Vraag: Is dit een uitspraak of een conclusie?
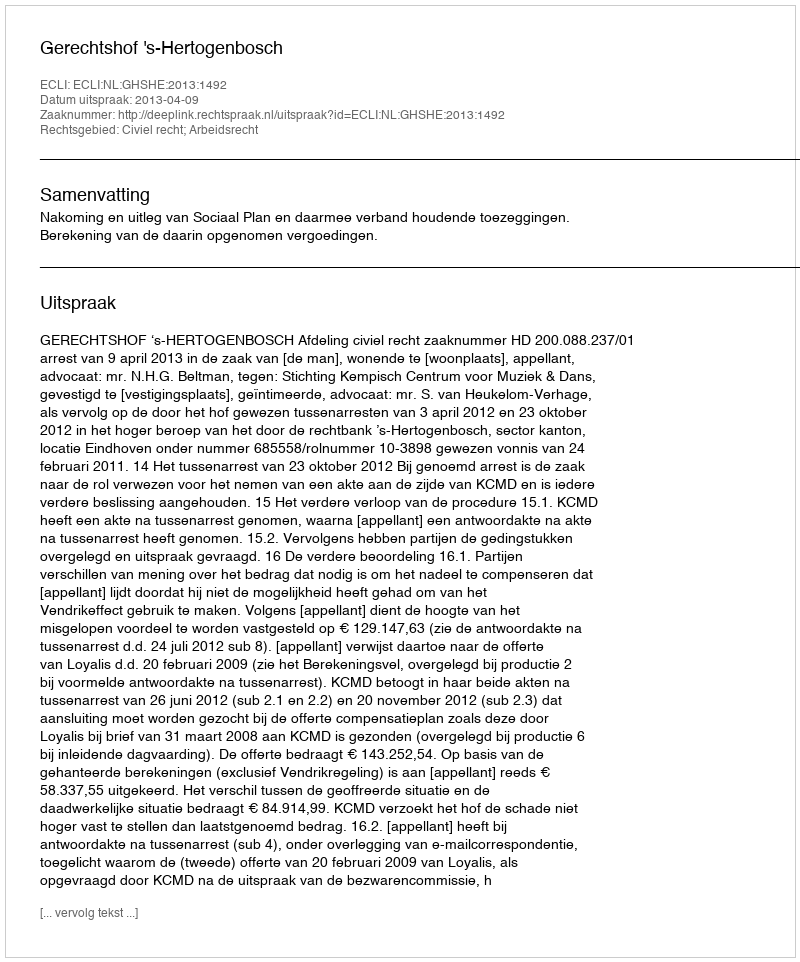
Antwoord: Uitspraak